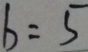
b = 5